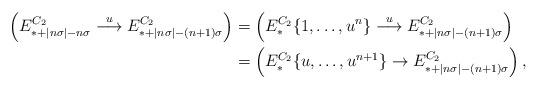
LaTeX: \begin{align*}\left( E^{C_2}_{*+|n\sigma| - n\sigma} \overset{u}{\longrightarrow} E^{C_2}_{*+|n\sigma| - (n+1)\sigma} \right) & = \left( E^{C_2}_* \{ 1, \dots , u^n \} \overset{u}{\longrightarrow} E^{C_2}_{*+|n\sigma| - (n+1)\sigma} \right) \\& = \left( E^{C_2}_{*} \{ u , \dots , u^{n+1}\} \to E^{C_2}_{*+|n\sigma| - (n+1)\sigma}\right),\end{align*}